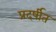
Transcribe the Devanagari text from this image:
प्रदर्षीत